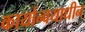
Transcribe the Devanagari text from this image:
कार्यान्वयाधीन